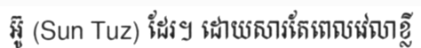
អ៊ូ (Sun Tuz) ដែរ។ ដោយសារតែពេលវេលាខ្លី